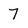
Character: 7